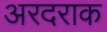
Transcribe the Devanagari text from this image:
अरदराक